system: You are a helpful assistant.
user:
Analyze the provided spectrum to determine if it is a **White Dwarf (WD)**.

A White Dwarf spectrum is defined by its **extreme purity** (due to gravitational settling) and/or **extreme pressure broadening** (due to high surface gravity). You must check for one of the following mutually exclusive signatures:

- **Key Visual Indicators (Check for ONE of these types):**

    - **1. DA-Type Signature (Most Common):**
        - **(Primary Feature):** Extreme pressure broadening (Stark broadening) of the **Hydrogen (H) Balmer lines**.
        - **(Key Lines):** $H\beta$ (approx. $4861$ Å) and $H\gamma$ (approx. $4340$ Å). $H\alpha$ (approx. $6563$ Å) will also be present if the wavelength range covers it.
        - **(Line Profile):** This is the **defining feature**. The lines are **NOT** sharp. They appear as massive, **extremely broad and deep "troughs" or "dips"** in the spectrum, often hundreds of Ångströms wide. The continuum will appear to "scoop" down at these wavelengths.
        - **(Distinction):** Normal A-type or B-type stars have *narrow* and *sharp* Hydrogen lines. A DA White Dwarf's lines are unmistakably "smeared" or "blurry" from pressure.

    - **2. DB-Type Signature:**
        - **(Primary Feature):** Broad absorption lines from **Neutral Helium (He I)**. The spectrum must lack any visible Hydrogen lines.
        - **(Key Lines):** Look for broad absorption near $4471$ Å, $4921$ Å, and $5876$ Å.
        - **(Line Profile):** These lines are also significantly pressure-broadened, appearing much wider than they would in a normal B-type main-sequence star.

    - **3. DC-Type Signature:**
        - **(Primary Feature):** A **featureless continuous spectrum**.
        - **(Line Profile):** The spectrum is a smooth curve with **no significant absorption or emission lines**.
        - **(Key Confirmation):** The continuum is almost always **blue or white**, indicating a hot object. This signature implies the atmosphere is so pure (or so cool) that no spectral lines are visible in the optical range. Its WD identity is confirmed by its extremely low intrinsic brightness (high absolute magnitude).

    - **4. DZ-Type Signature (Metal-Polluted):**
        - **(Primary Feature):** **Isolated, narrow metal absorption lines** on an otherwise featureless (DC-like) continuum.
        - **(Key Lines):** The **Calcium (Ca II) H & K doublet** (approx. **$3934$ Å** and **$3968$ Å**) is the most common and defining feature.
        - **(Line Profile):** These lines are "out of place." They are *not* part of a "forest" of thousands of lines. This signature is evidence of recent *accretion* (pollution) from rocky debris.
        - **(Distinction):** Normal G/K/M stars have a *dense forest* of thousands of metal lines. A DZ has a *clean* continuum with *only a few* strong metal lines.

    - **5. DQ-Type Signature (Carbon-Polluted):**
        - **(Primary Feature):** Absorption bands from **Carbon (C₂ "Swan Bands" or atomic C I)**.
        - **(Key Lines - C₂):** Look for bandheads with a "saw-tooth" shape near $5635$ Å, **$5165$ Å** (strongest), and $4737$ Å.
        - **(Key Confirmation):** The underlying **continuum must be blue or white** (hot).
        - **(Distinction):** This is the critical difference from a **Carbon Star**, which has the *exact same* C₂ bands but on an extremely **red, cool** continuum.

- **(Overall Spectrum):**
    - The continuum (overall shape) is typically **blue-sloping** (brighter in the blue than the red), as most white dwarfs are very hot.
    - The spectrum will look "pure" or "simple," dominated by only *one* of the five signatures listed above.

Think first, call **spectral_visualization_tool** if needed to examine features in detail, then provide your final answer. Your response must adhere to the following strict rules:
1.  **Overall Structure:** Your response must follow the format `<think>...</think> <tool_call>...</tool_call> (if a tool is used) <answer>...</answer>`.
2.  **Tool Usage Constraint:** You may only make **one** tool call per turn.
3.  **Final Answer Format:** In the `<answer>` tag, your conclusion must be inside a `\boxed{}` command (e.g., `\boxed{YES}` or `\boxed{NO}`), followed by your justification.

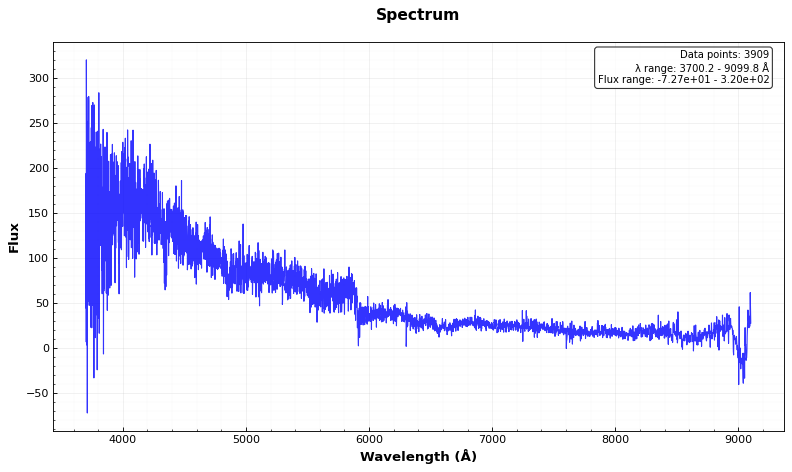
Answer: NO